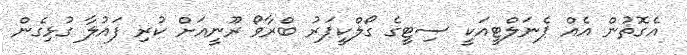
އެގޮތުން އެއް ޕެނަލްޓީއަކީ ސިޓީގެ ގޯލްކީޕަރު ބްރާވޯ ރޫނީއަށް ކުރި ފައުލާ ގުޅިގެން